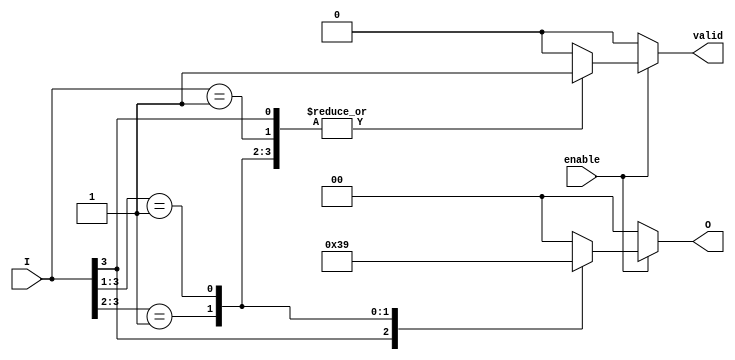
module priority_encoder #(
    parameter N = 4, // Number of inputs
    parameter M = 2  // Number of output bits (for N=4, M=2)
)(
    input  wire [N-1:0] I,      // Input signals
    input  wire enable,          // Enable signal
    output reg  [M-1:0] O,       // Output for the highest priority active input
    output reg  valid            // Output valid signal
);

    always @(*) begin
        if (enable) begin
            casez (I)
                4'b1???: begin
                    O = 3; // I[3] is active
                    valid = 1;
                end
                4'b01??: begin
                    O = 2; // I[2] is active
                    valid = 1;
                end
                4'b001?: begin
                    O = 1; // I[1] is active
                    valid = 1;
                end
                4'b0001: begin
                    O = 0; // I[0] is active
                    valid = 1;
                end
                default: begin
                    O = {M{1'b0}}; // No valid input
                    valid = 0;
                end
            endcase
        end else begin
            O = {M{1'b0}}; // If not enabled, output is invalid
            valid = 0;
        end
    end

endmodule